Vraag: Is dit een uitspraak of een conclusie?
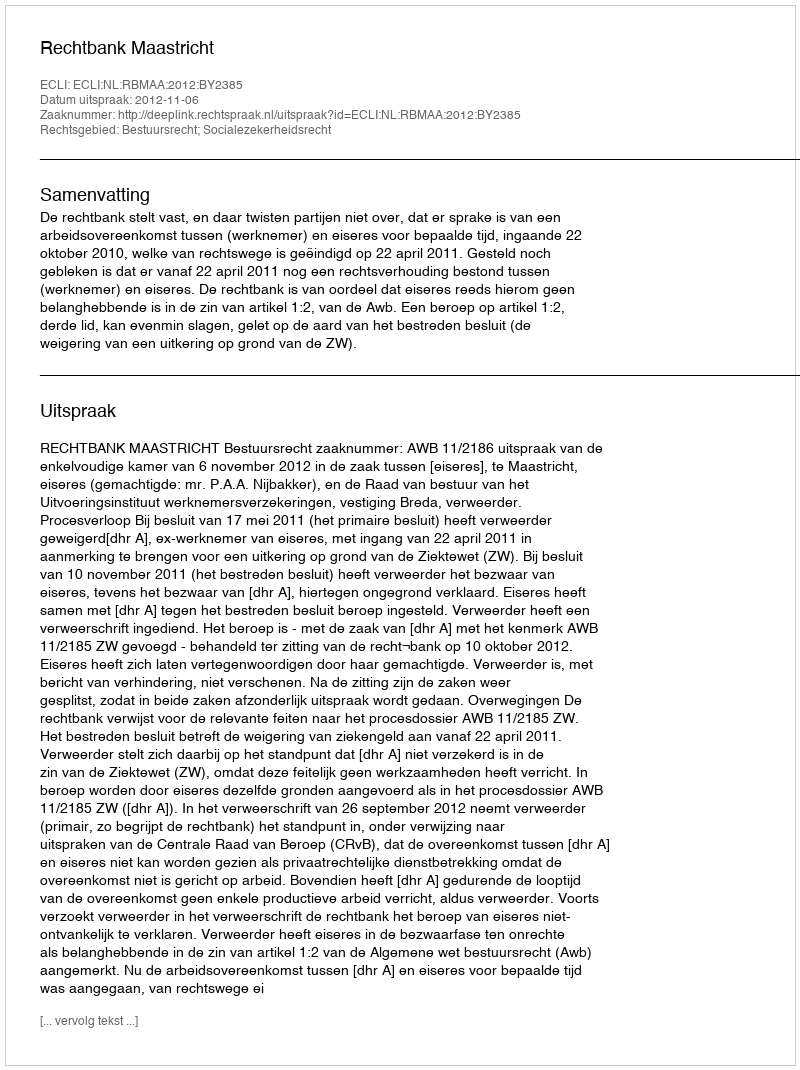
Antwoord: Uitspraak